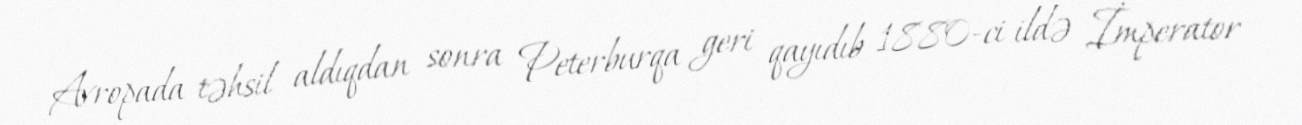
Avropada təhsil aldıqdan sonra Peterburqa geri qayıdıb 1880-ci ildə İmperator